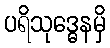
ပရိသုဒ္ဓေနမှိ